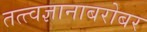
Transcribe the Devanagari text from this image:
तत्त्वज्ञानाबरोबर